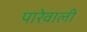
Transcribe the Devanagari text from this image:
पारेवाली